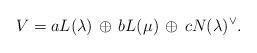
LaTeX: \begin{align*} V=aL(\lambda)\,\oplus\,bL(\mu)\,\oplus\,cN(\lambda)^\vee. \end{align*}